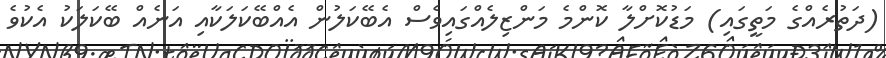
(ދަތުރެއްގެ މަތީގައި) މަޑުކޮށްލާ ކޮންމެ މަންޒިލެއްގައިވެސް އެބޭކަލުން އެއްބޭކަލަކާއި އަނެއް ބޭކަލަކު އެކުވެ